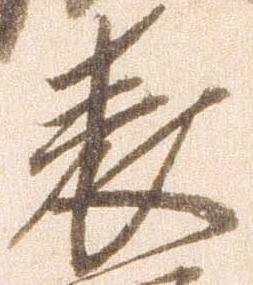
表